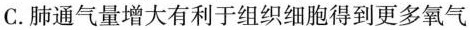
C.肺通气量增大有利于组织细胞得到更多氧气